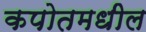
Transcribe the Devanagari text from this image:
कपोतमधील